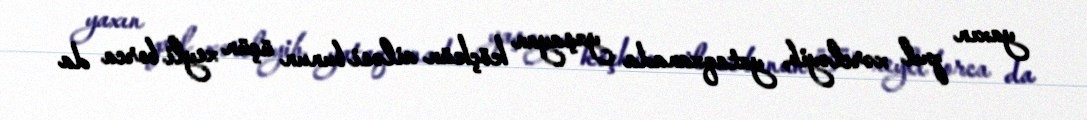
yaxın pul xərcləyib, yataqxanada yaşayan köçkün ailəsi bunun üçün xeyli borca da